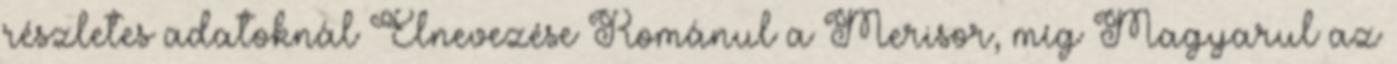
részletes adatoknál Elnevezése Románul a Merisor, míg Magyarul az